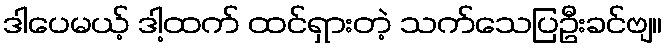
ဒါပေမယ့် ဒါ့ထက် ထင်ရှားတဲ့ သက်သေပြဦးခင်ဗျ။